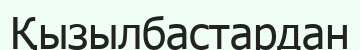
Қызылбастардан